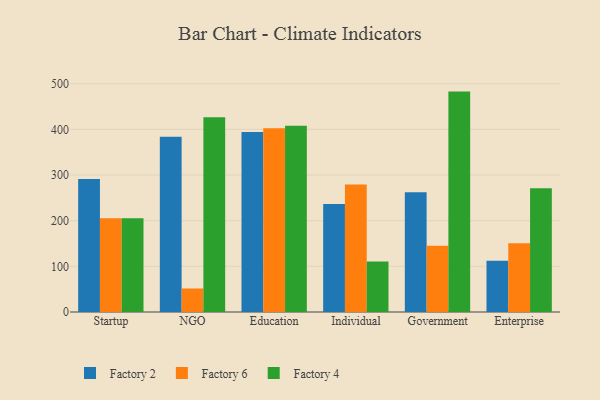
{"axis": {"x": "Segment", "y": "Energy Usage (MWh)"}, "legend": ["Factory 2", "Factory 4", "Factory 6"], "data": [{"x": "Startup", "y": 291.1, "type": "Factory 2"}, {"x": "Startup", "y": 205.4, "type": "Factory 6"}, {"x": "Startup", "y": 205.1, "type": "Factory 4"}, {"x": "NGO", "y": 383.9, "type": "Factory 2"}, {"x": "NGO", "y": 51.5, "type": "Factory 6"}, {"x": "NGO", "y": 426.5, "type": "Factory 4"}, {"x": "Education", "y": 394.1, "type": "Factory 2"}, {"x": "Education", "y": 402.7, "type": "Factory 6"}, {"x": "Education", "y": 408.1, "type": "Factory 4"}, {"x": "Individual", "y": 236.8, "type": "Factory 2"}, {"x": "Individual", "y": 279.4, "type": "Factory 6"}, {"x": "Individual", "y": 110.7, "type": "Factory 4"}, {"x": "Government", "y": 262.0, "type": "Factory 2"}, {"x": "Government", "y": 144.9, "type": "Factory 6"}, {"x": "Government", "y": 482.7, "type": "Factory 4"}, {"x": "Enterprise", "y": 112.2, "type": "Factory 2"}, {"x": "Enterprise", "y": 150.5, "type": "Factory 6"}, {"x": "Enterprise", "y": 270.8, "type": "Factory 4"}]}